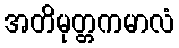
အတိမုတ္တကမာလံ